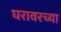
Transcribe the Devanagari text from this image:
घरावरच्या